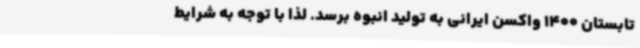
تابستان 1400 واکسن ایرانی به تولید انبوه برسد. لذا با توجه به شرایط